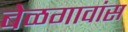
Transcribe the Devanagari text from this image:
बेळगावांस